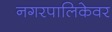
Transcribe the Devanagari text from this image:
नगरपालिकेवर